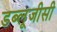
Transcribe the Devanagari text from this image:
डब्लूजीसी